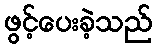
ဖွင့်ပေးခဲ့သည်